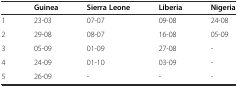
|  | Guinea | Sierra Leone | Liberia | Nigeria |
 | --- | --- | --- | --- | --- |
 | 1 | 23-03 | 07-07 | 09-08 | 24-08 |
 | 2 | 29-08 | 08-07 | 16-08 | 05-09 |
 | 3 | 05-09 | 01-09 | 27-08 | - |
 | 4 | 24-09 | 01-10 | 03-09 | - |
 | 5 | 26-09 | - | - | - |